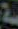
سة